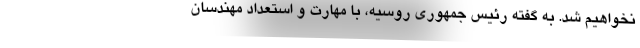
نخواهیم شد. به گفته رئیس جمهوری روسیه، با مهارت و استعداد مهندسان